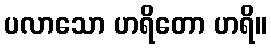
ပလာသော ဟရိတော ဟရိ။